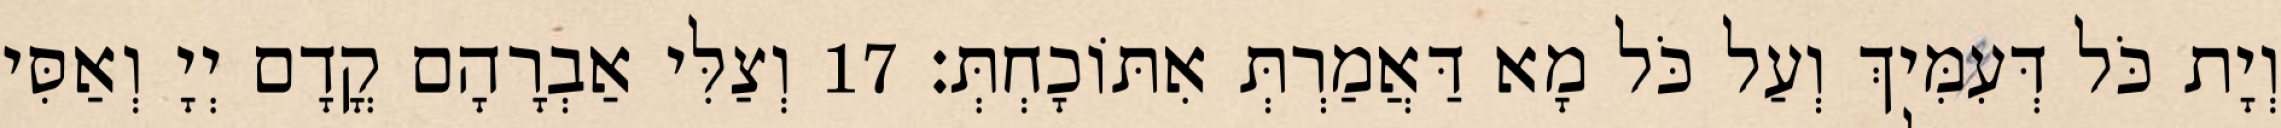
וְיָת כֹּל דְּעִמִּיךְ וְעַל כֹּל מָא דַּאֲמַרְתְּ אִתּוֹכָחְתְּ׃ 17 וְצַלִּי אַבְרָהָם קֳדָם יְיָ וְאַסִּי